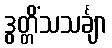
ဒွတ္တိံသသင်္ချာ